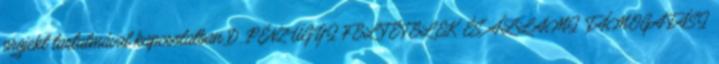
projekt tartalmával kapcsolatban D. PÉNZÜGYI FELTÉTELEK ÉS ÁLLAMI TÁMOGATÁSI